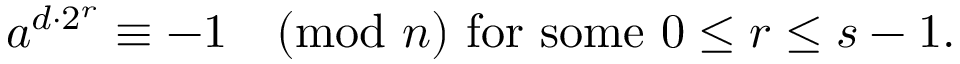
a ^ { d \cdot 2 ^ { r } } \equiv - 1 { \pmod { n } } { \mathrm { ~ f o r ~ s o m e ~ } } 0 \leq r \leq s - 1 .